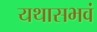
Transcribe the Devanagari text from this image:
यथासभवं